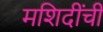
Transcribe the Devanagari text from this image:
मशिदींची